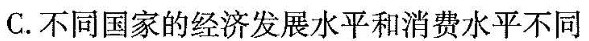
C.不同国家的经济发展水平和消费水平不同